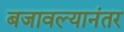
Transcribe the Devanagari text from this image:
बजावल्यानंतर